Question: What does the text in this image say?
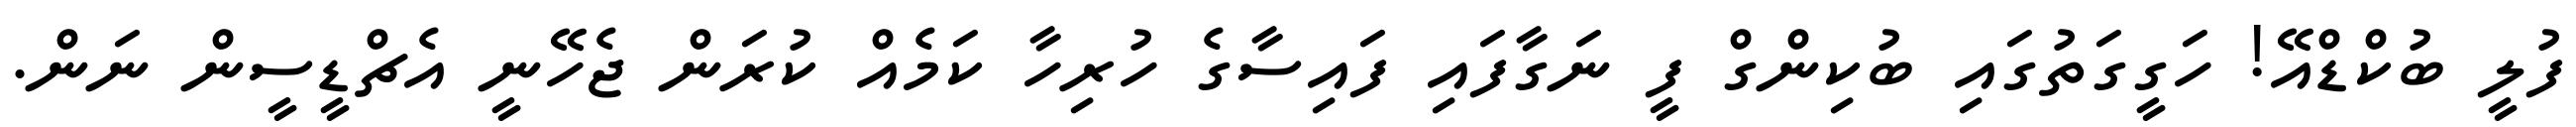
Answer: ފުލީ ބުކްޑްއޭ! ހަގީގަތުގައި ބުކިންގް ފީ ނަގާފައި ފައިސާގެ ހުރިހާ ކަމެއް ކުރަން ޖެހޭނީ އެޗްޑީސީން ނަން.